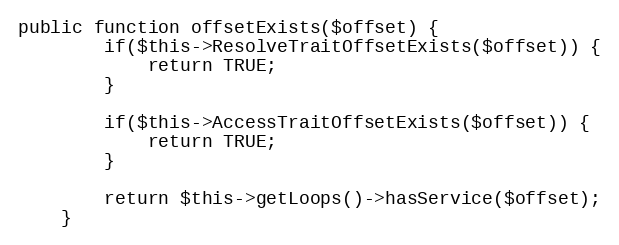
Language: PHP
public function offsetExists($offset) {
        if($this->ResolveTraitOffsetExists($offset)) {
            return TRUE;
        }

        if($this->AccessTraitOffsetExists($offset)) {
            return TRUE;
        }

        return $this->getLoops()->hasService($offset);
    }